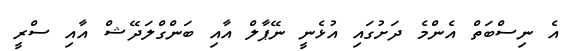
އެ ނިސްބަތް އެންމެ ދަށުގައި އުޅެނީ ނޭޕާލް އާއި ބަންގްލަދޭޝް އާއި ސްރީ